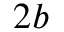
2 b